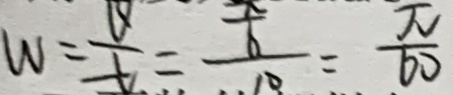
w = \frac { v } { t } = \frac { \frac { x } { 6 } } { 1 0 } = \frac { \pi } { 6 0 }